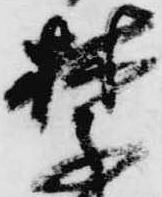
禁